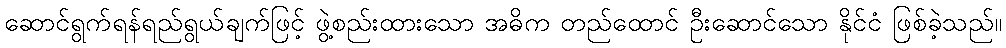
ဆောင်ရွက်ရန်ရည်ရွယ်ချက်ဖြင့် ဖွဲ့စည်းထားသော အဓိက တည်ထောင် ဦးဆောင်သော နိုင်ငံ ဖြစ်ခဲ့သည်။